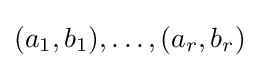
(a_{1},b_{1}),\ldots ,(a_{r},b_{r})